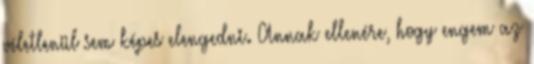
véletlenül sem képes elengedni. Annak ellenére, hogy engem az